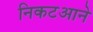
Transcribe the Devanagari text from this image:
निकटआने